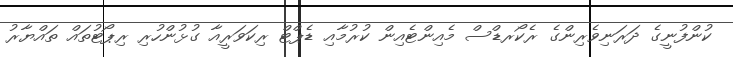
ކުންފުނީގެ ދަރަނިިވެރިންގެ ރެކޯރޑްސް މެއިންޓެއިން ކުރުމާއި ޑެޕްޓް ރިކަވަރީއާ ގުޅުންހުރި ރިޕޯޓުތައް ތައްޔާރު